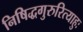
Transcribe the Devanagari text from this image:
निषिद्धगुरुरित्याहुः